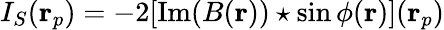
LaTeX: I_{S}(\mathbf{r}_{p})=-2[\mathrm{Im}(B(\mathbf{r}))\star\sin\phi(\mathbf{r})](\mathbf{r}_{p})